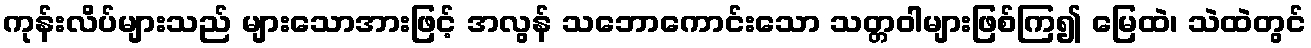
ကုန်းလိပ်များသည် များသောအားဖြင့် အလွန် သဘောကောင်းသော သတ္တဝါများဖြစ်ကြ၍ မြေထဲ၊ သဲထဲတွင်